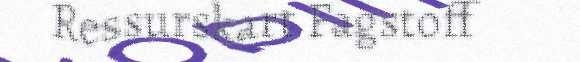
Ressurskart Fagstoff